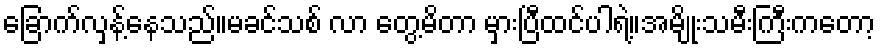
ခြောက်လှန့်နေသည်။မခင်သစ် လာ တွေ့မိတာ မှားပြီထင်ပါရဲ့။အမျိုးသမီးကြီးကတော့